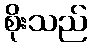
စိုးသည်